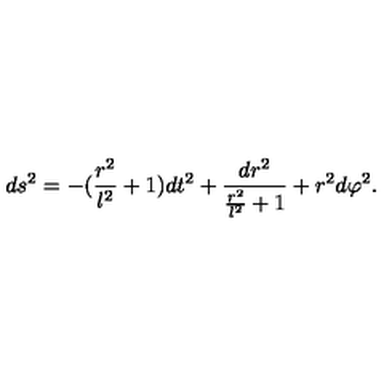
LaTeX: d s ^ { 2 } = - ( \frac { r ^ { 2 } } { l ^ { 2 } } + 1 ) d t ^ { 2 } + \frac { d r ^ { 2 } } { \frac { r ^ { 2 } } { l ^ { 2 } } + 1 } + r ^ { 2 } d \varphi ^ { 2 } .